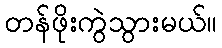
တန်ဖိုးကွဲသွားမယ်။